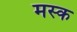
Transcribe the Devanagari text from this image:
मस्‍क